Civil Veterinary Department Bihar & Orissa reports 1911-21 - 1911-1921
Year: 1911
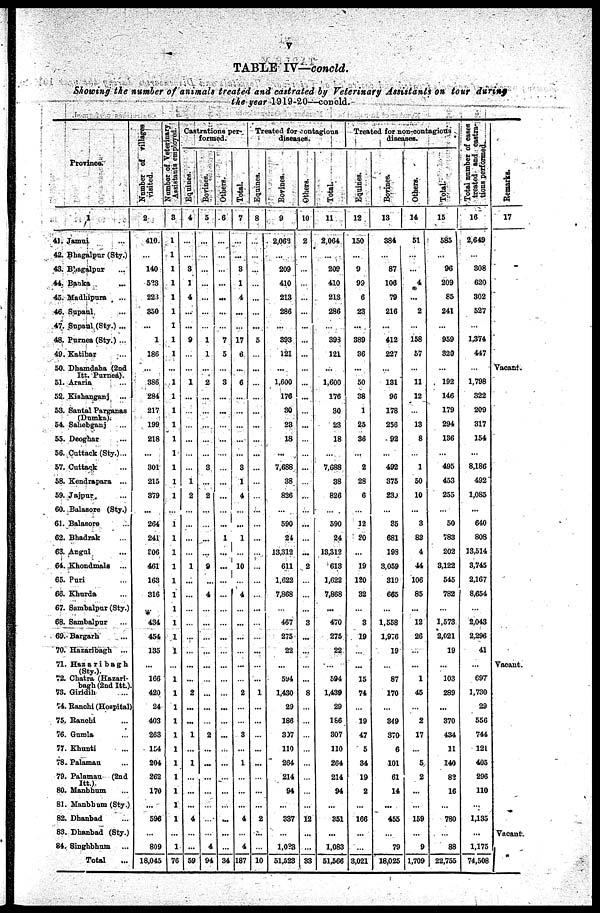
V
TABLE IV—concld.
Showing the number of animals treated and castrated by Veterinary Assistants on tour during
the year 1919-20—concld.
Province.
1
41. Jamui ...
42. Bhagalpur (Sty.)
43. Bhagalpur ...
44. Banks ...
45. Madhipura ...
46. Sapanl ...
47. Supaul (Sty.) ...
48. Purnea(Sty.) ...
49. Katihar ...
50. Dhamdaha (2nd
Itt. Purnea).
51. Araria ...
52. Kishanganj ...
53. Santal Parganes
(Domka).
54 Sahchganj ...
55. Deoghar ...
56. Cattack (Sty.)...
57. Cattack ...
58. Kendrapara ...
59. Jajpur. ...
60. Balssore (Sty.)
61. Balasore ...
62. Bhadrak ...
63. Angal ...
64. Khondmals ...
65. Puri ...
66. Khurda ...
67. Sambalpur (Sty.)
68. Sambalpar ...
69. Bargarh ...
70. Hazaribagh ...
71. Hazaribagh
(Sty.).
72. Chatra (Hazari-
bagh (2nd Itt).
73. Giridih ...
74. Ranchi (Hospital)
75. Ranchi ...
76. Gumla ...
77. Khunti ...
78. Palaman ...
79. Palamaa (2nd
Itt.).
80. Manbhum ...
81. Manbhum (Sty.)
82. Dhanbad ...
83. Dhanbad (Sty.)
84. Singhbhum ...
Total ...
Number of Villages
visited.
2
410
...
140
5?3
221
350
...
1
186
...
386
284
217
199
218
...
301
215
379
...
261
241
306
461
163
316
...
434
454
135
...
166
420
24
403
263
154
204
262
170
...
596
...
809
18,045
Number of Veterinary
Assistants employed.
3
1
1
1
1
1
1
1
1
1
...
1
1
1
1
1
1
1
1
1
...
1
1
1
1
1
1
1
1
1
1
...
1
1
1
1
1
1
1
1
1
1
1
...
1
76
Castrations per-
formed.
Equines.
4
...
...
3
1
4
...
...
9
...
...
1
...
...
...
...
...
...
1
2
...
...
...
...
1
...
...
...
...
...
...
...
...
2
...
...
1
...
1
...
...
...
4
...
...
59
Bovines.
5
...
...
...
...
...
...
...
1
1
...
2
...
...
...
...
...
3
...
2
...
...
...
...
9
...
4
...
...
...
...
...
...
...
...
...
2
...
...
...
...
...
...
...
4
94
Others.
6
...
...
...
...
...
...
...
7
5
...
3
...
...
...
...
...
...
...
...
...
...
1
...
...
...
...
...
...
...
...
...
...
...
...
...
...
...
...
...
...
...
...
...
34
Total.
7
...
...
8
1
4
...
...
17
6
...
6
...
...
...
...
...
3
1
4
...
...
1
...
10
...
4
...
...
...
...
...
...
2
...
...
3
...
1
...
...
...
4
...
4
187
Treated for contagions
diseases.
Equines.
8
...
...
...
...
...
...
...
5
...
...
...
...
...
...
...
...
...
...
...
...
...
...
...
...
...
...
...
...
...
...
1
...
...
...
...
...
...
...
...
2
...
...
10
Bovines.
9
2,063
...
209
410
213
286
...
393
121
...
1,600
176
30
28
18
...
7,688
38
826
...
590
24
13,312
611
1,622
7,868
...
467
275
22
...
594
1.430
29
186
307
110
264
214
94
...
337
...
1,033
51,523
Others.
10
2
...
...
...
...
...
...
...
...
...
...
...
...
...
...
...
...
...
...
...
...
...
...
2
...
...
...
3
...
...
...
...
8
...
...
...
...
...
...
...
...
12
...
...
33
Total.
11
2,064
...
202
410
213
286
...
393
121
...
1,600
176
30
23
18
...
7.688
38
826
...
590
24
13,312
613
1,622
7,868
...
470
275
22
...
594
1,439
29
166
307
110
264
214
94
...
351
...
1,083
51,566
Treated for non-contagious
diseases.
Equines.
12
150
...
9
99
6
23
...
389
36
...
50
38
1
25
36
...
2
28
6
...
12
20
...
19
120
32
...
3
19
...
...
15
74
...
19
47
5
34
19
2
...
166
...
...
3,021
Bovines.
13
384
...
87
106
79
216
...
412
227
...
131
96
178
256
92
...
492
375
230
...
35
681
193
3.059
310
665
...
1,558
1.976
19
...
87
170
...
349
370
6
101
61
14
...
455
...
79
18,025
Others.
14
51
...
...
4
...
2
...
158
57
...
11
12
...
13
8
...
1
50
10
...
3
82
4
44
106
85
...
12
26
...
...
1
45
...
2
17
...
5
2
...
...
159
...
9
1,709
Total.
15
585
...
96
209
85
241
...
959
320
...
192
146
179
294
136
...
495
453
255
...
50
783
202
3,122
545
782
...
1.573
2.021
19
...
103
289
...
370
434
11
140
8?
16
...
780
...
88
22,755
Total number of cases
treated and castra-
tions performed
16
2,649
...
308
620
302
527
...
1374
447
...
1,798
322
209
317
154
...
8,186
492
1,085
...
640
808
13,514
3,745
2,167
8,654
...
2,043
2,296
41
...
697
1,730
29
556
744
121
405
296
110
...
1,135
...
1,175
74,508
Re ma r
ks .
17
Vacant.
Vacant.
Vacant.